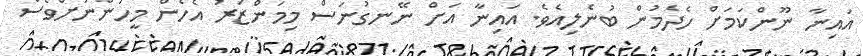
އައިނާ ނޫންކަމަށް ހެދެމުން ބުނެލިއެވެ. އައިނާ އަށް ނޭނގުނަސް މިމަންޒަރު އެހެން މީހުންނަށްވެސް